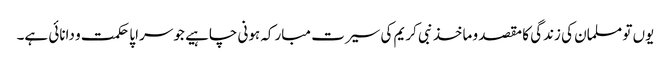
یوں تو مسلمان کی زندگی کا مقصد و ماخذ نبی کریم کی سیرت مبارکہ ہونی چاہیے جو سراپا حکمت و دانائی ہے۔